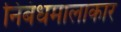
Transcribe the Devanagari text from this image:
निबंधमालाकार